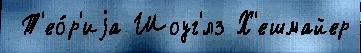
 Т'ео́р'иjа Шоуг'́лз Х'ешмайер